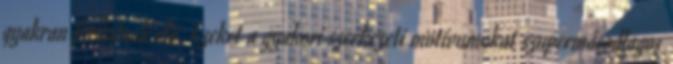
gyakran fordulnak elő. Ezeket a gyakori szerkezeti motívumokat szupermásodlagos